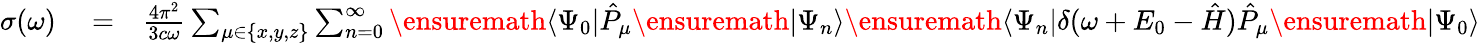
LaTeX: \begin{array}{rlr}{\sigma(\omega)}&{{}=}&{\frac{4\pi^{2}}{3c\omega}\sum_{\mu\in\{ x,y,z\} }\sum_{n=0}^{\infty}\ensuremath{\langle\Psi_{0}\vert}\hat{P}_{\mu}\ensuremath{\vert\Psi_{n}\rangle}\ensuremath{\langle\Psi_{n}\vert}\delta(\omega+E_{0}-\hat{H})\hat{P}_{\mu}\ensuremath{\vert\Psi_{0}\rangle}}\end{array}